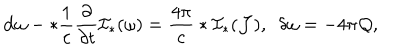
LaTeX: { \bf d } \omega - * \frac { 1 } { c } \frac { \partial } { \partial t } { \cal I } _ { * } ( \omega ) = \frac { 4 \pi } { c } * { \cal I } _ { * } ( { \cal J } ) , \ \ \delta \omega = - 4 \pi { \cal Q } ,